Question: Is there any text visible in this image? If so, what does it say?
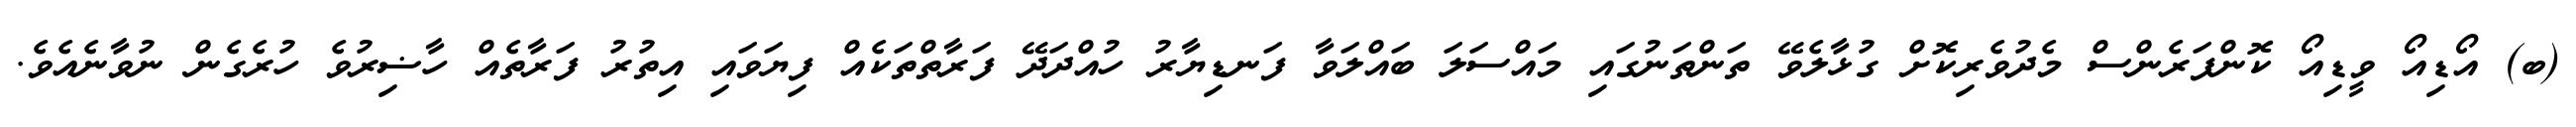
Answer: (ބ) އޯޑިއޯ ވީޑިއޯ ކޮންފަރެންސް މެދުވެރިކޮށް ގުޅާލެވޭ ތަންތަނުގައި މައްސަލަ ބައްލަވާ ފަނޑިޔާރު ހުއްދަދޭ ފަރާތްތަކެއް ފިޔަވައި އިތުރު ފަރާތެއް ހާޟިރުވެ ހުރެގެން ނުވާނެއެވެ.